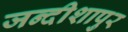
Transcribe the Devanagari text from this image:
जन्दीशापुर